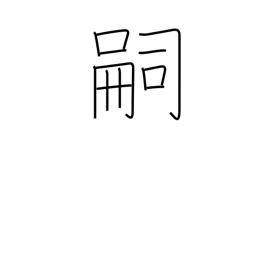
Meaning: heir